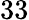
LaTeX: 33